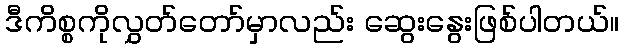
ဒီကိစ္စကိုလွှတ်တော်မှာလည်း ဆွေးနွေးဖြစ်ပါတယ်။